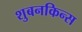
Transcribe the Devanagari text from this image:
शुबनकिन्स